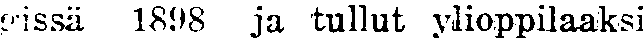
gissä 1898 ja tullut ylioppilaaksi